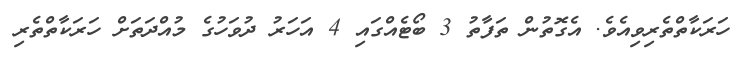
ހަރަކާތްތެރިވިއެވެ. އެގޮތުން ތަފާތު 3 ބޯޓެއްގައި 4 އަހަރު ދުވަހުގެ މުއްދަތަށް ހަރަކާތްތެރި